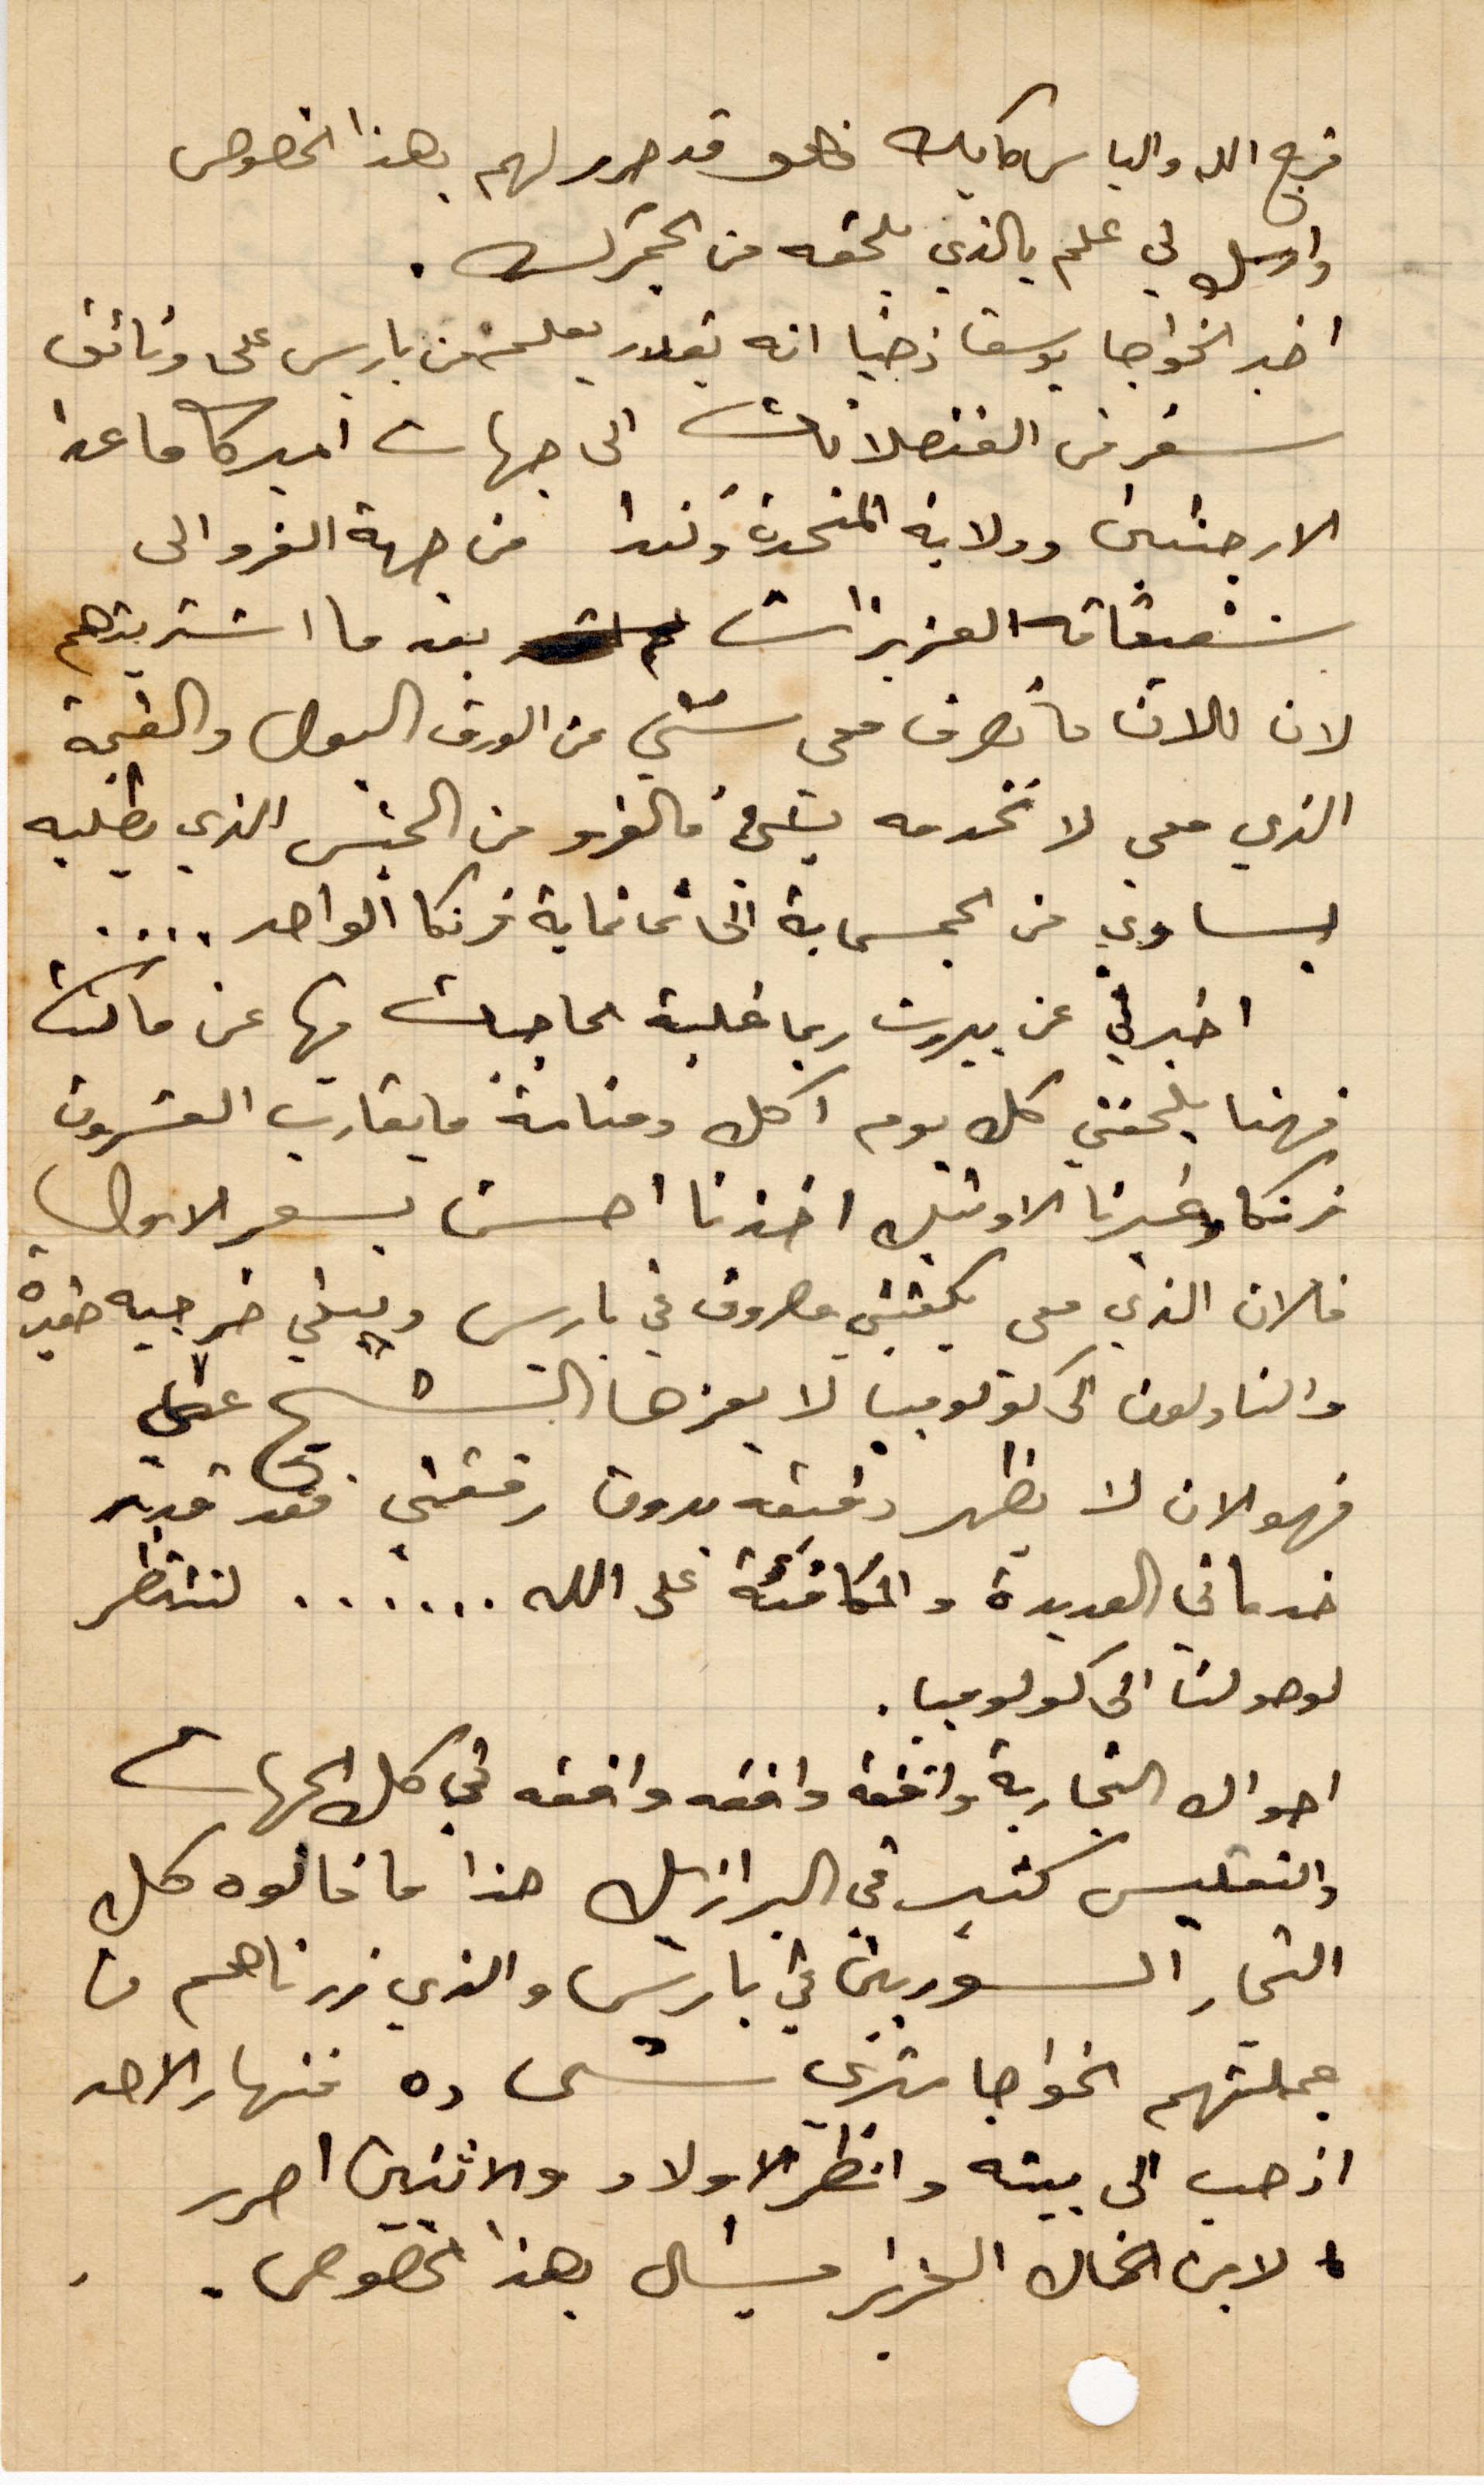
فرجالله الياس حايك فهو قد حرر لهم بهذا الخصوص
وارسل لي بالذي يلحقه من الجمرك
اخبر الخواجا يوسف زخيا انه يقدر يعلم من باريس على وثائق
سفر من القنصلات الى جهات اميركا ما عدا
الارجنتين وولاية المتحدة وكندا من جهة الفرو الى
شقيقاته العزيزات بعد ما اشتريتهم
لأن فلان ما يصرف معي شيء عن الورق البول والقيمة
الذي معي لا تخدمه بشيء فالفرو من الجنس الذي يطلبه
من الخمساية الى تمانماية فرنكًا الواحد...
اخبرني عن بيروت ربما غلية الحاجات فيها عن ما كانت
فهنا يلحقني كل يوم اكل ومنامة ما يقارب العشرون
فرنكًا وغيرنا الاوتيل اخذنا احسن بسعر الأول
فلان الذي معي يكفيني مصروف في باريس ويبقى خرجيه صغيرة
والناولون الى كولومبيا لا يعزها الشيخ علي
فهو الان لا يظهر دقيقة بدون رفقتي فقد قدمت
خدماتي العديدة والمكافئة على الله... لننتظر
لوصولنا الى كلومبا.
أحواله التجارية واقفة واقفة واقفة في كل الجهات
والتفليس كثير في البرازيل هذا ما قالوه كل
التجار السوريين في باريس والذي زرناهم من
جملتهم الخواجا متري شحاده فنهار الاحد
اذهب الى بيته وانظر الأولاد والاثنين احرر
لابن الخال العزيز ميشال بهذا الخصوص.